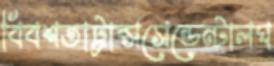
বিবশতাট্রান্সসেন্ডেন্টালঘ